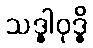
သဒ္ဓါဝုဒ္ဓိ